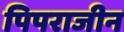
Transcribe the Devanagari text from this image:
पिपराजीन